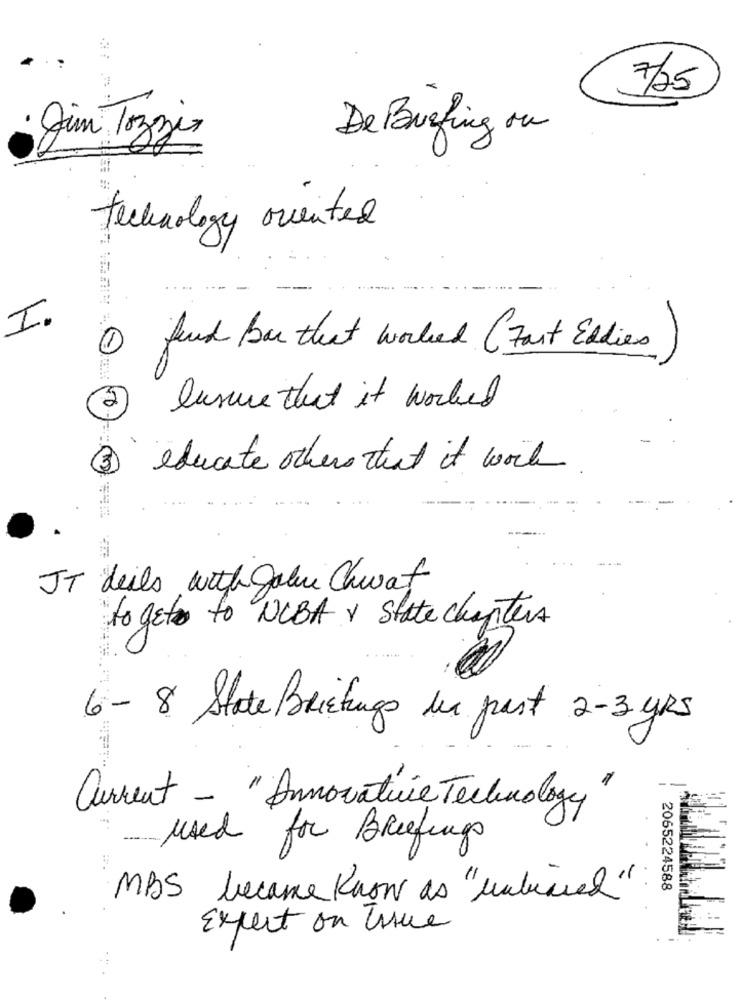
7/25
De Briefing ou
Jim Tozzi
technology oriented
I.
1 find bar that worked (Fast Eddies)
lusure that it worked
3
educate others that it work
JT deils with John Chwat
to get to NEBA v state chapters
6- 8 State Briefings in past 2-3 yRs
Current - "Innovative Technology
used for Briefings
2065224588
MBS became Know as "unbiased"
Expect on Issue